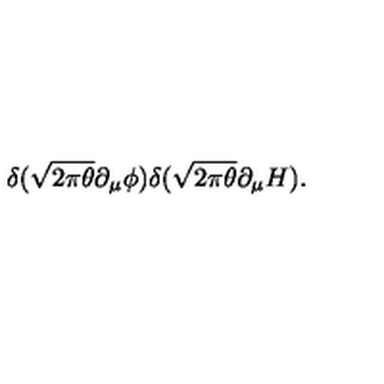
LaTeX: \delta ( \sqrt { 2 \pi \theta } \partial _ { \mu } \phi ) \delta ( \sqrt { 2 \pi \theta } \partial _ { \mu } H ) .